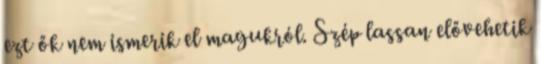
ezt ők nem ismerik el magukról. Szép lassan elővehetik